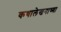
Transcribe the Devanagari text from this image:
कथालेखनाच्या